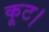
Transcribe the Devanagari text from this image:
कूट।